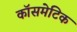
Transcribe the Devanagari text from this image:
कॉसमेटिक